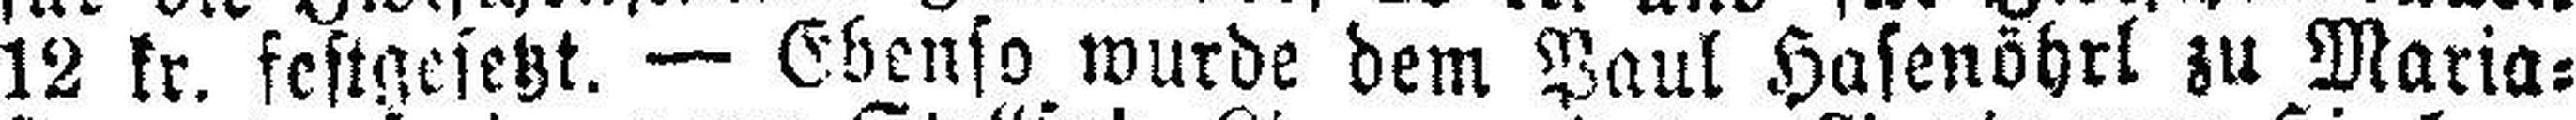
12 kr. festgesetzt. — Ebenso wurde dem Paul Hasenöhrl zu Maria=